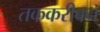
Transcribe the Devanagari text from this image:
तककरीबन